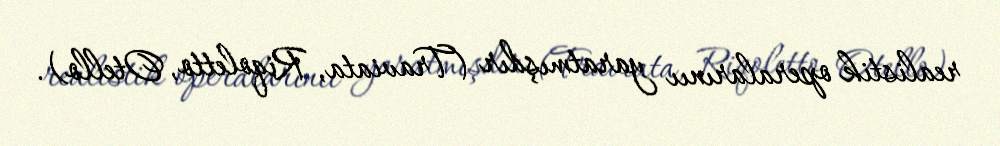
realistik operalarınıı yaratmışdır (Traviata, Riqoletto, Otello).